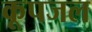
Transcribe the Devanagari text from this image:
कूपजल